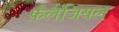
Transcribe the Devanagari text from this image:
फ़ैलैंजियल